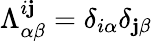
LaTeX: \Lambda_{\alpha\beta}^{i\mathbf{j}}=\delta_{i\alpha}\delta_{\mathbf{j}\beta}